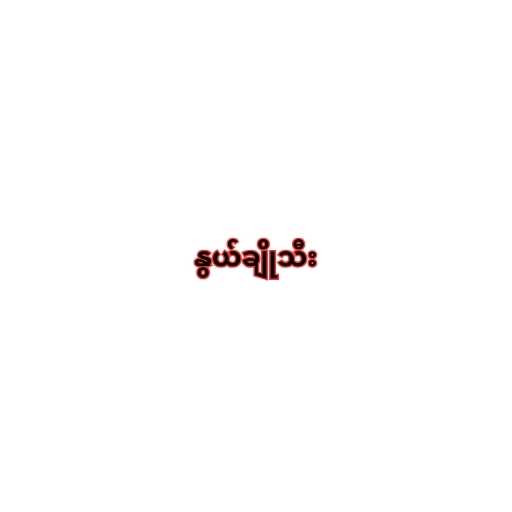
နွယ်ချိုသီး